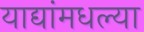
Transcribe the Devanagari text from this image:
याद्यांमधल्या